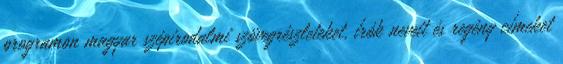
programon magyar szépirodalmi szövegrészleteket, írók neveit és regény címeket